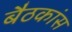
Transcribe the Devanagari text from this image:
बैठकांस